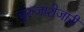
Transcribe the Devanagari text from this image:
बुरुजाशेजारी